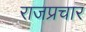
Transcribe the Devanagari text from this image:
राजप्रचार